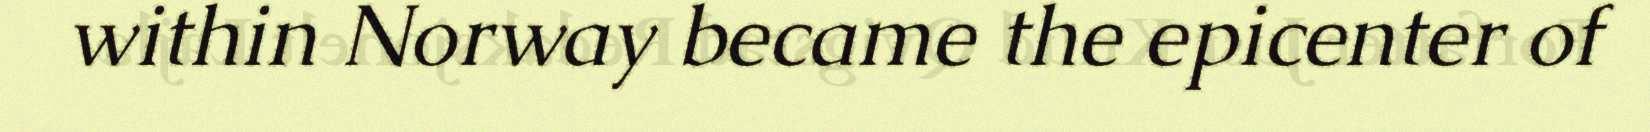
within Norway became the epicenter of